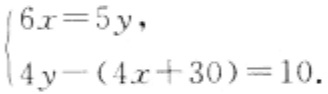
$\begin{cases}6x = 5y,\\4y-(4x + 30)=10.\end{cases}$